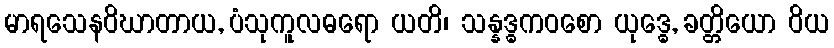
မာရသေနဝိဃာတာယ, ပံသုကူလဓရော ယတိ၊ သန္နဒ္ဓကဝစော ယုဒ္ဓေ, ခတ္တိယော ဝိယ